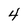
Character: 4